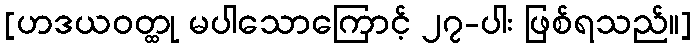
[ဟဒယဝတ္ထု မပါသောကြောင့် ၂၇-ပါး ဖြစ်ရသည်။]